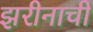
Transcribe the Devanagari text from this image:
झरीनाची